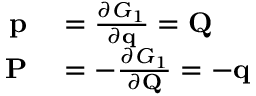
\begin{array} { r l } { \mathbf { p } } & { { } = { \frac { \partial G _ { 1 } } { \partial \mathbf { q } } } = \mathbf { Q } } \\ { \mathbf { P } } & { { } = - { \frac { \partial G _ { 1 } } { \partial \mathbf { Q } } } = - \mathbf { q } } \end{array}